Leaving Certificate Examination (including Day School Certificate (Higher) General paper), 1939
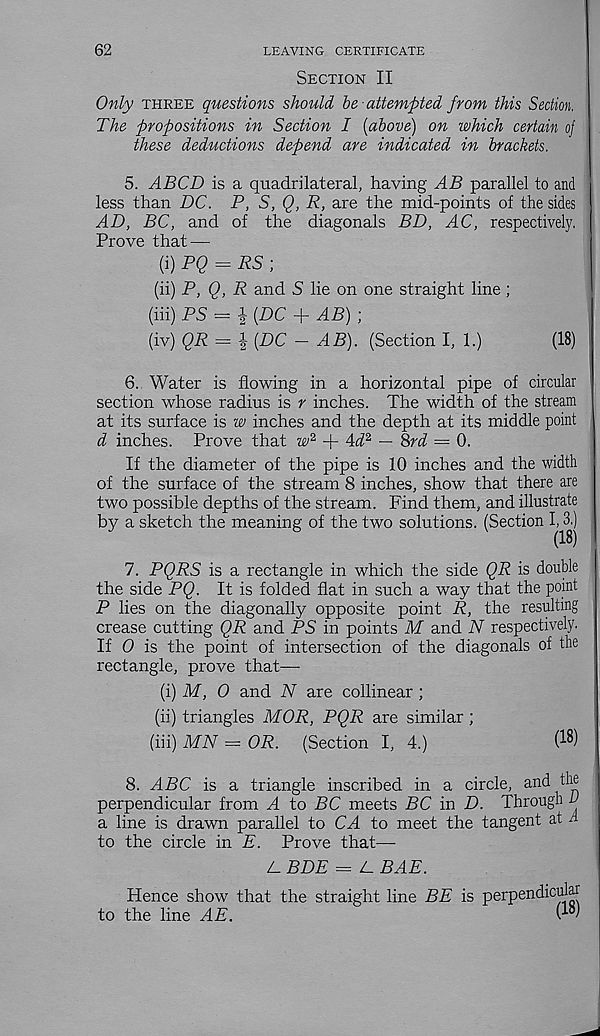
62
LEAVING CERTIFICATE
Section II
Only three questions should he attempted from this Section.
The propositions in Section I {above) on which certain of
these deductions depend are indicated in brackets.
5. ABCD is a quadrilateral, having AB parallel to and
less than DC. P, S, Q, R, are the mid-points of the sides
AD, BC, and of the diagonals BD, AC, respectively,
Prove that —
(i) PQ = RS ;
(ii) P, Q, R and S lie on one straight line;
(hi) PS = i {DC + AB) ;
(iv) QR = \{DC - AB). (Section I, 1.)
(18)
6. Water is flowing in a horizontal pipe of circular
section whose radius is r inches. The width of the stream
at its surface is w inches and the depth at its middle point
d inches. Prove that w* + 4i 2 — Srd = 0.
If the diameter of the pipe is 10 inches and the width
of the surface of the stream 8 inches, show that there are
two possible depths of the stream. Find them, and illustrate
by a sketch the meaning of the two solutions. (Section h3.)
7. PQRS is a rectangle in which the side QR is double
the side PQ. It is folded flat in such a way that the point
P lies on the diagonally opposite point R, the resulting
crease cutting QR and PS in points M and N respectively.
If 0 is the point of intersection of the diagonals of the
rectangle, prove that—
(i) ikf, 0 and N are collinear ;
(ii) triangles MOR, PQR are similar;
(hi) MN = OR.
(Section I, 4.)
( 18 )
8. ABC is a triangle inscribed in a circle, and the
perpendicular from A to BC meets BC in D. Through u
a line is drawn parallel to CA to meet the tangent at A
to the circle in E. Prove that—
Z_ BDE = Z_ BAE.
Hence show that the straight line BE is perpendicular
to the line AE.